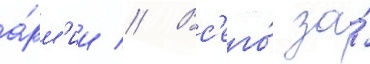
а́рм'ии // Вс'его́ за́